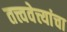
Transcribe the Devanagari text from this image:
तत्त्ववेत्त्यांचा